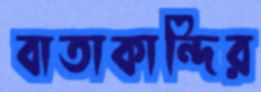
বাতাকান্দির